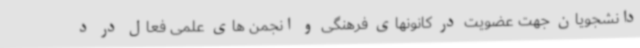
دانشجویان جهت عضویت در کانونهای فرهنگی و انجمن های علمی فعال در د